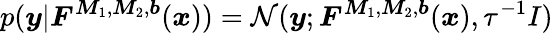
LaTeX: p(\boldsymbol{y}|\boldsymbol{F}^{\boldsymbol{M}_{1},\boldsymbol{M}_{2},\boldsymbol{b}}(\boldsymbol{x}))=\mathcal{N}(\boldsymbol{y};\boldsymbol{F}^{\boldsymbol{M}_{1},\boldsymbol{M}_{2},\boldsymbol{b}}(\boldsymbol{x}),\tau^{-1}I)